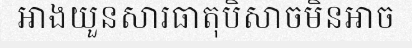
អាងយួនសារធាតុបិសាចមិនអាច